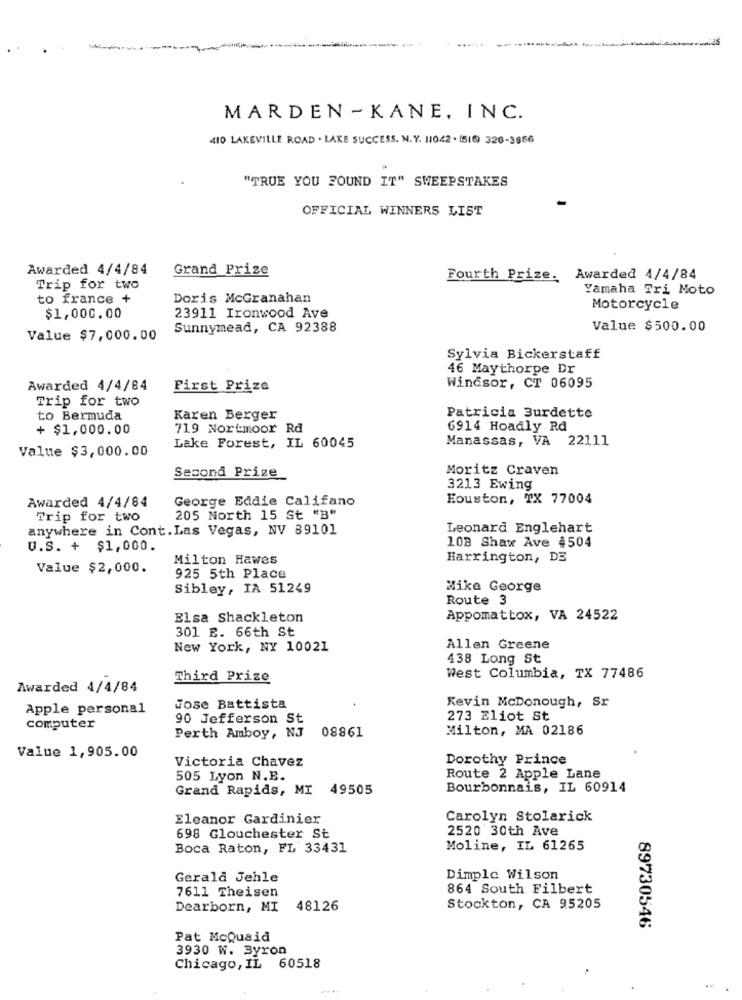
MARDEN - KANE, INC.
410 LAKEVILLE ROAD . LAKE SUCCESS. N. Y. 11042 . (516) 326-3666
"TRUE YOU FOUND IT" SWEEPSTAKES
OFFICIAL WINNERS LIST
Awarded 4/4/84
Grand Prize
Fourth Prize. Awarded 4/4/84
Trip for two
Yamaha Tri Moto
to france +
Doris McGranahan
Motorcycle
$1,000.00
23911 Ironwood Ave
Sunnymead, CA 92388
Value $500.00
Value $7,000.00
Sylvia Bickerstaff
46 Maythorpe Dr
Awarded 4/4/84
First Prize
Windsor, CT 06095
Trip for two
to Bermuda
Karen Berger
Patricia Burdette
+ $1,000.00
719 Nortmoor Rd
6914 Hoadly Rd
Manassas, VA 22111
Value $3,000.00
Lake Forest, IL 60045
Second Prize
Moritz Craven
3213 Ewing
Awarded 4/4/84
George Eddie Califano
Houston, TX 77004
Trip for two
205 North 15 St "B"
anywhere in Cont. Las Vegas, NV 89101
Leonard Englehart
U.S. + $1,000.
108 Shaw Ave 4504
Milton Hawes
Harrington, DE
Value $2,000.
925 5th Place
Sibley, IA 51249
Mike George
Route 3
Elsa Shackleton
Appomattox, VA 24522
301 E. 66th St
New York, NY 10021
Allen Greene
438 Long St
Third Prize
West Columbia, TX 77486
Awarded 4/4/84
Kevin McDonough, Sr
Apple personal
Jose Battista
90 Jefferson St
273 Eliot St
computer
08861
Milton, MA 02186
Perth Amboy, NJ
Value 1,905.00
Victoria Chavez
Dorothy Prince
505 Lyon N.E.
Route 2 Apple Lane
Grand Rapids, MI 49505
Bourbonnais, IL 60914
Eleanor Gardinier
Carolyn Stolarick
2520 30th Ave
698 Glouchester St
Boca Raton, FL 33431
Moline, IL 61265
Gerald Jehle
Dimple Wilson
7611 Theisen
864 South Filbert
Dearborn, MI
48126
Stockton, CA 95205
89730546
Pat McQuaid
3930 W. Byron
Chicago, IL 60518